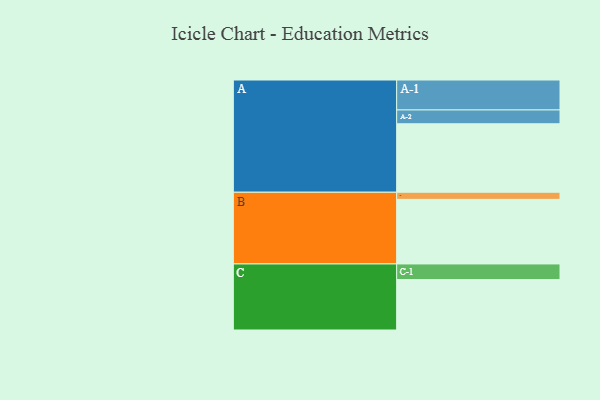
{"axis": {"x": "Segment", "y": "Value"}, "legend": ["", "A", "B", "C"], "data": [{"x": "A", "y": 510, "type": ""}, {"x": "B", "y": 481, "type": ""}, {"x": "C", "y": 376, "type": ""}, {"x": "A-1", "y": 223, "type": "A"}, {"x": "A-2", "y": 103, "type": "A"}, {"x": "B-1", "y": 53, "type": "B"}, {"x": "C-1", "y": 116, "type": "C"}]}